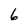
Character: 6